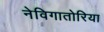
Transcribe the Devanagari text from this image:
नेविगातोरिया